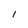
Character: 1